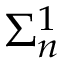
\Sigma _ { n } ^ { 1 }